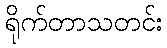
ရိုက်တာသတင်း